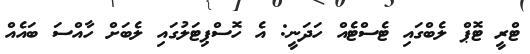
ޓްރީ ޓޮޕް ލެބްގައި ޓެސްޓެއް ހަދަނީ: އެ ހޮސްޕިޓަލުގައި ލެބަށް ހާއްސަ ބައެއް